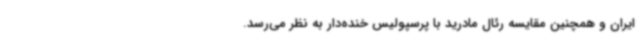
ایران و همچنین مقایسه رئال مادرید با پرسپولیس خنده‌دار به نظر می‌رسد.